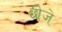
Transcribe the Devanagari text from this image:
छीजे